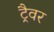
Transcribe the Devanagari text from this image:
ट्रैवर